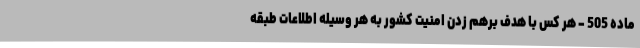
ماده 505 - هر کس با هدف برهم زدن امنیت کشور به هر وسیله اطلاعات طبقه